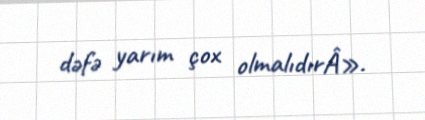
dəfə yarım çox olmalıdırÂ».